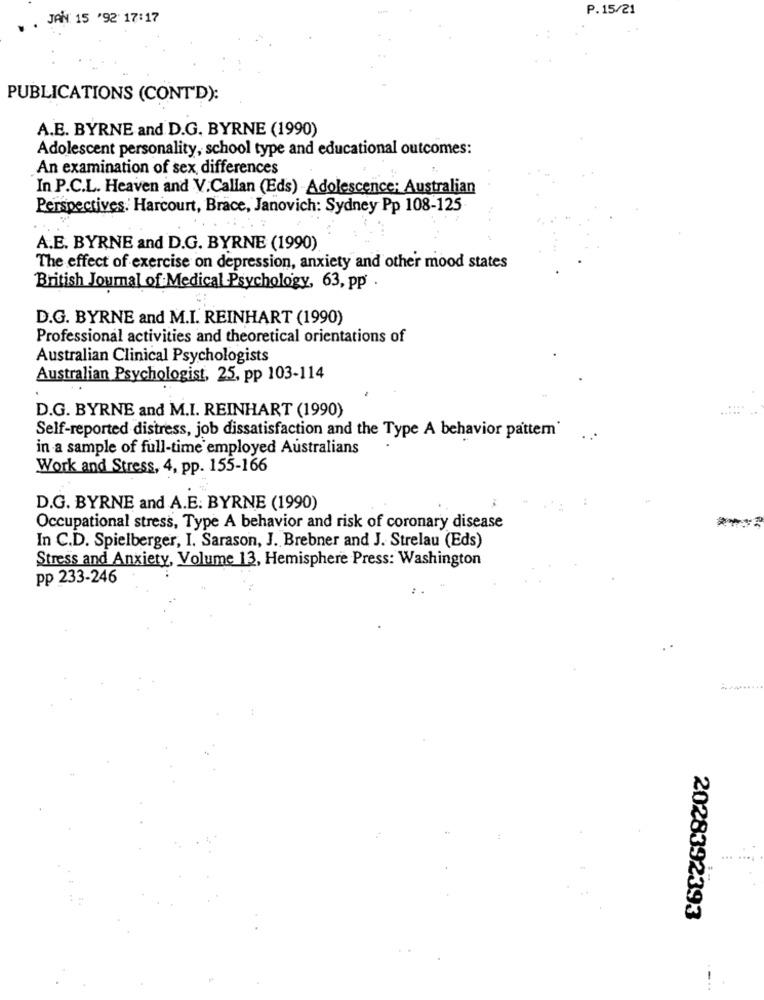
P.15/21
. JAN 15 '92 17:17
PUBLICATIONS (CONTD):
A.E. BYRNE and D.G. BYRNE (1990)
Adolescent personality, school type and educational outcomes:
An examination of sex differences
In P.C.L. Heaven and V.Callan (Eds) Adolescence: Australian
Perspectives. Harcourt, Brace, Janovich: Sydney Pp 108-125
A.E. BYRNE and D.G. BYRNE (1990)
The effect of exercise on depression, anxiety and other mood states
British Journal of Medical Psychology, 63, pp
D.G. BYRNE and M.I. REINHART (1990)
Professional activities and theoretical orientations of
Australian Clinical Psychologists
Australian Psychologist, 25, pp 103-114
D.G. BYRNE and M.I. REINHART (1990)
Self-reported distress, job dissatisfaction and the Type A behavior pattern
. .
in a sample of full-time employed Australians
Work and Stress, 4, pp. 155-166
D.G. BYRNE and A.E. BYRNE (1990)
Occupational stress, Type A behavior and risk of coronary disease
In C.D. Spielberger, I. Sarason, J. Brebner and J. Strelau (Eds)
Stress and Anxiety, Volume 13, Hemisphere Press: Washington
pp 233-246
2028392393